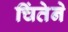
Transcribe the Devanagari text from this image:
चिंतेने